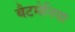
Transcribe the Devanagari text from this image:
बैटमेनिया